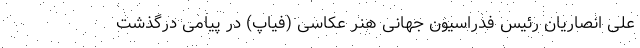
علی انصاریان رئیس فدراسیون جهانی هنر عکاسی (فیاپ) در پیامی درگذشت